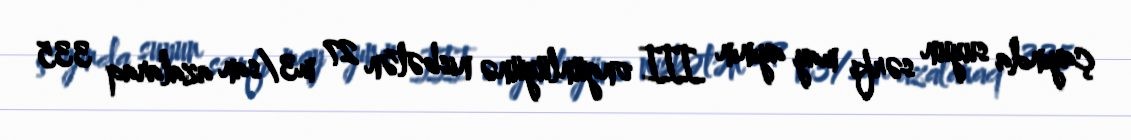
çayında suyun sərfi may ayının III ongünlüyünə nisbətən 27 m3/san azalaraq 335